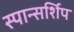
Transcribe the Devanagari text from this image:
स्पान्सर्शिप